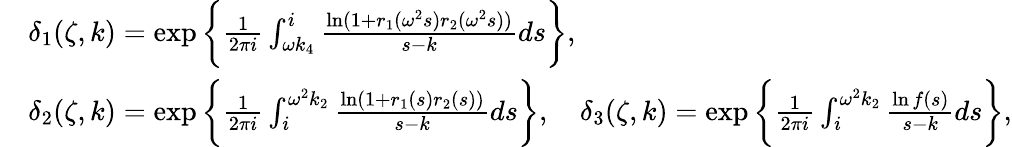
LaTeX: \begin{array}{rl}&{\delta_{1}(\zeta,k)=\exp\bigg\{ \frac{1}{2\pi i}\int_{\omega k_{4}}^{i}\frac{\ln(1+r_{1}(\omega^{2}s)r_{2}(\omega^{2}s))}{s-k}ds\bigg\} ,}\\ &{\delta_{2}(\zeta,k)=\exp\bigg\{ \frac{1}{2\pi i}\int_{i}^{\omega^{2}k_{2}}\frac{\ln(1+r_{1}(s)r_{2}(s))}{s-k}ds\bigg\} ,\quad\delta_{3}(\zeta,k)=\exp\bigg\{ \frac{1}{2\pi i}\int_{i}^{\omega^{2}k_{2}}\frac{\ln f(s)}{s-k}ds\bigg\} ,}\end{array}